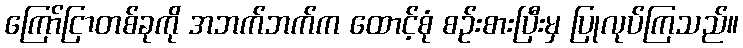
ကြော်ငြာတစ်ခုကို အဘက်ဘက်က ထောင့်စုံ စဉ်းစားပြီးမှ ပြုလုပ်ကြသည်။